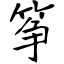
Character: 筝